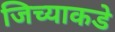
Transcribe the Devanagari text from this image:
जिच्याकडे